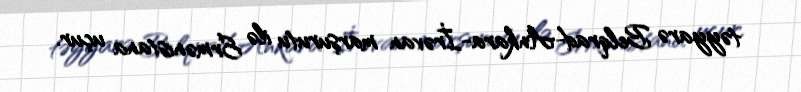
təyyarə Belqrad-Ankara-İrəvan marşurutu ilə Ermənistana uçur.